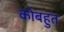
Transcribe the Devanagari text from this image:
कोबहुत